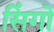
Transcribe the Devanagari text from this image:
सिंगो